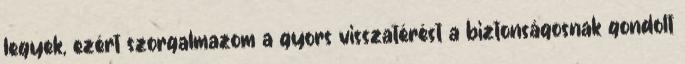
legyek, ezért szorgalmazom a gyors visszatérést a biztonságosnak gondolt